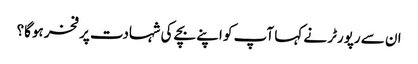
ان سے رپورٹر نے کہا آپ کو اپنے بچے کی شہادت پر فخر ہوگا؟